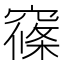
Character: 窱